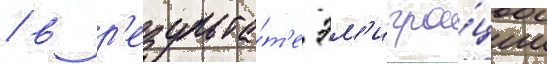
/ в р'езульта́т'е эм'игра́ции